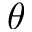
\theta